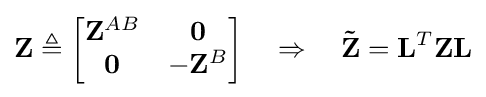
\mathbf {Z} \triangleq {\begin{bmatrix}\mathbf {Z} ^{AB}&\mathbf {0} \\\mathbf {0} &-\mathbf {Z} ^{B}\end{bmatrix}}\quad \Rightarrow \quad \mathbf {\tilde {Z}} =\mathbf {L} ^{T}\mathbf {Z} \mathbf {L}